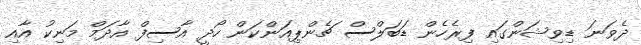
ދެވަނަ ޑިވިޝަންގައި ފިރެހެން ޑަބަލްސް ޗެންޕިއަންކަން ހޯދީ އާސިފް އާދަމް މަނިކު އާއި